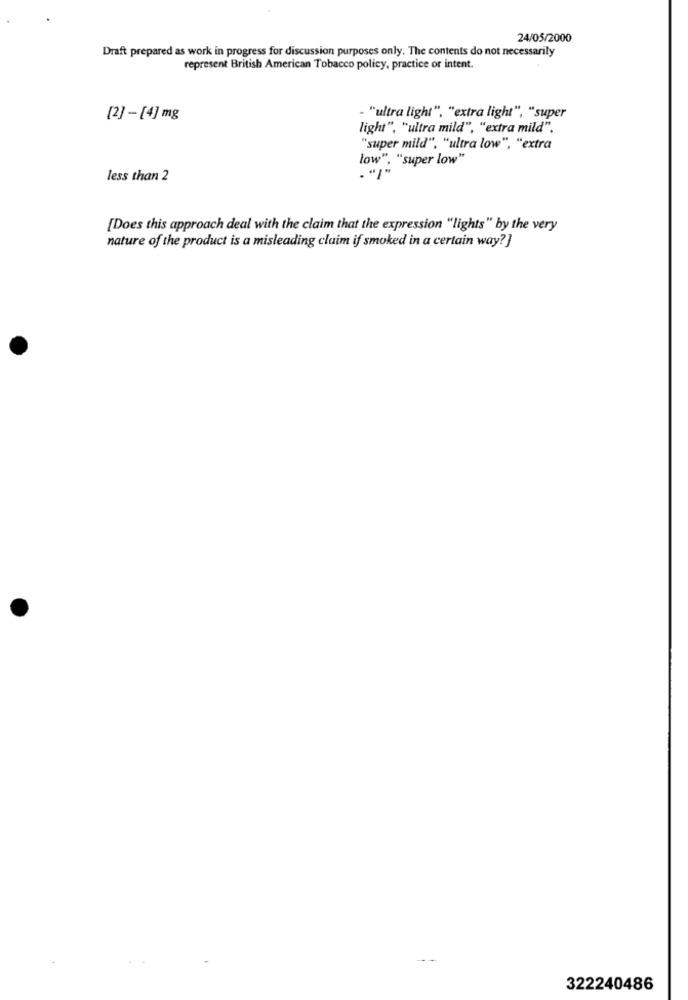
24/05/2000
Draft prepared as work in progress for discussion purposes only. The contents do not necessarily
represent British American Tobacco policy, practice or intent.
[2]-[4] mg
- "ultra light", "extra light", "super
light", "ultra mild", "extra mild".
"super mild", "ultra low", "extra
low", "super low"
less than 2
[Does this approach deal with the claim that the expression "lights" by the very
nature of the product is a misleading claim if smoked in a certain way?]
322240486